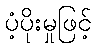
ပံ့ပိုးမှုဖြင့်